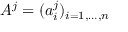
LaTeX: A ^ { j } = ( a _ { i } ^ { j } ) _ { i = 1 , \dots , n }